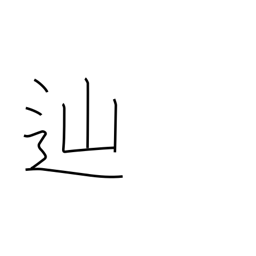
Meaning: pursue